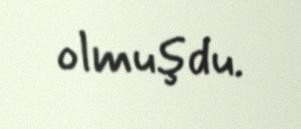
olmuşdu.